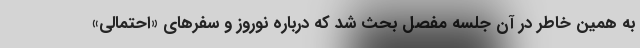
به همین خاطر در آن جلسه مفصل بحث شد که درباره نوروز و سفرهای «احتمالی»